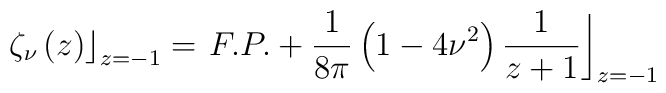
\left. \zeta_\nu \left( z \right) \right\rfloor_{z=-1} =\left.F.P. + \frac{1}{8\pi}\left( 1-4\nu^2\right)\frac{1}{z+1}\right\rfloor_{z=-1}